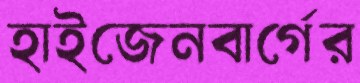
হাইজেনবার্গের